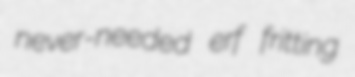
never-needed erf fritting